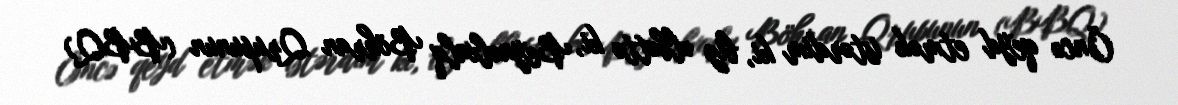
Öncə qeyd etmək istərdim ki, biz əlbəttə ki, Beynəlxalq Böhran Qrupunun (BBQ)